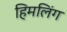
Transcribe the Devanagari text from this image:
हिमलिंग